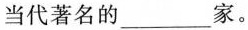
当代著名的___家。